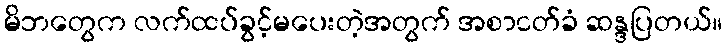
မိဘတွေက လက်ထပ်ခွင့်မပေးတဲ့အတွက် အစာငတ်ခံ ဆန္ဒပြတယ်။